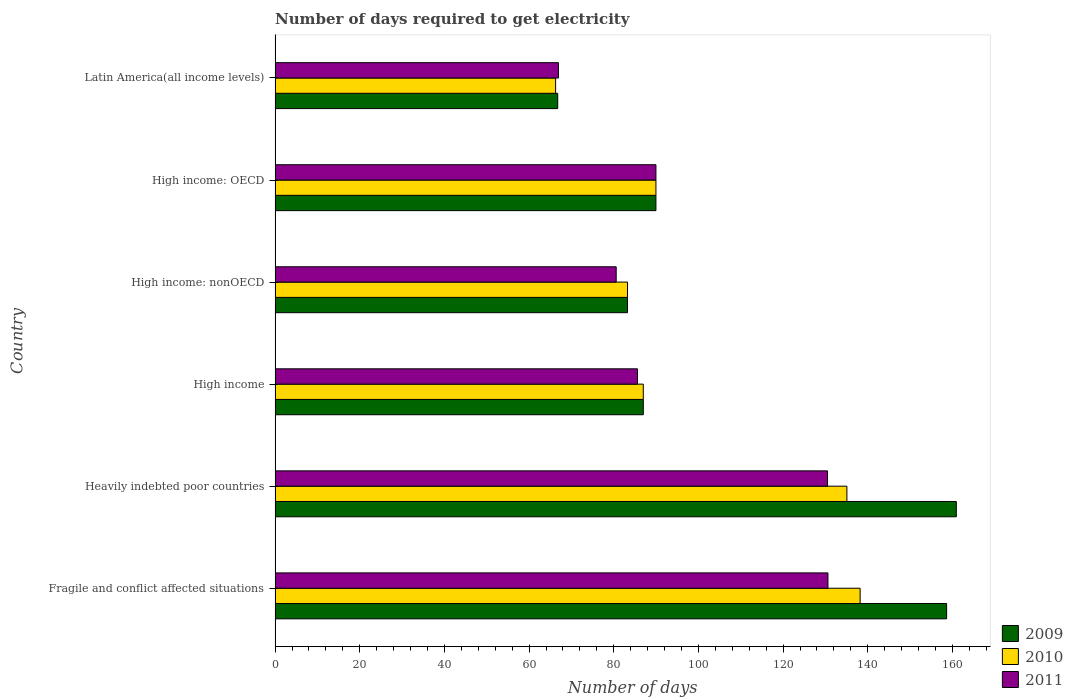
| Country | 2009 | 2010 | 2011 |
 | --- | --- | --- | --- |
 | Fragile and conflict affected situations | 159 | 138 | 131 |
 | Heavily indebted poor countries | 161 | 135 | 130 |
 | High income | 87 | 87 | 85.6 |
 | High income: nonOECD | 83.2 | 83.2 | 80.6 |
 | High income: OECD | 90 | 90 | 90 |
 | Latin America(all income levels) | 66.8 | 66.3 | 66.9 |